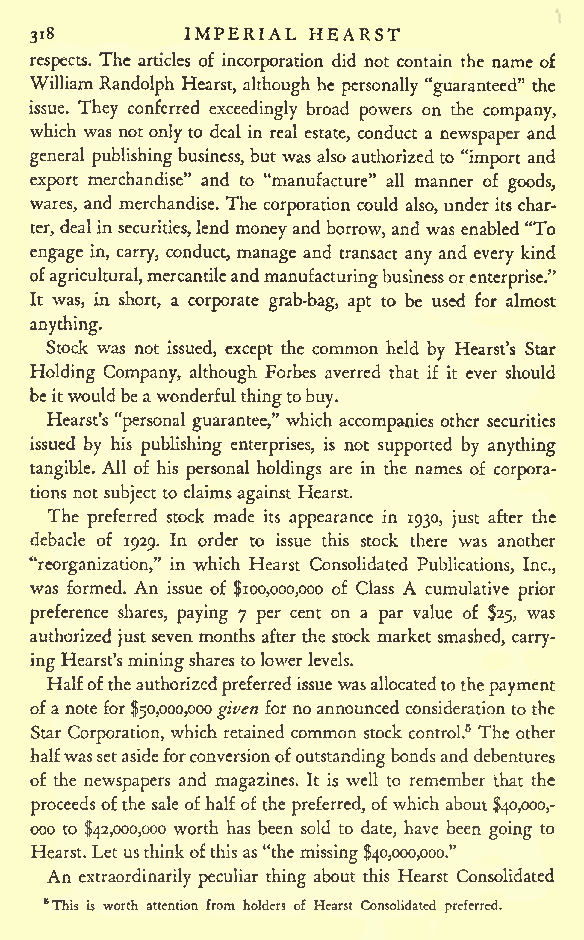
IMPERIAL HEARST          \
 318
 respects. The articles of incorporation did not contain the name of
 William Randolph Hearst, although he personally "guaranteed" the
 issue. They conferred exceedingly broad powers on the company,
 which was notonly to deal in real estate, conduct a newspaper and
 general publishing business, but was also authorizedto "import and
 export merchandise" and to "manufacture" all manner of goods,
 wares, and merchandise. The corporation could also, under its char-
 ter, dealin securities,lend moneyand borrow, and was enabled "To
 engage in, carry, conduct, manage and transact any and every kind
 ofagricultural,mercantileand manufacturingbusinessor
 enterprise."
 It was, in short, a corporate grab-bag, apt to be used for almost
 anything.
 Stock was not issued, except the common held by Hearst's Star
 Holding Company, although Forbes averred that if it ever should
 beitwouldbeawonderful thingtobuy.
 Hearst's "personal guarantee," which accompanies other securities
 issued by his publishing enterprises, is not supported by anything
 tangible. All of his personal holdings are in the names of corpora-
 tions not subject to claimsagainst Hearst.
 The preferred stock made its appearance in 1930, just after the
 debacle of 1929. In order to issue this stock there was another
 "reorganization," in which Hearst Consolidated Publications, Inc.,
 was formed. An issue of $100,000,000 of Class A cumulative prior
 preference shares, paying 7 per cent on a par value of $25, was
 authorized just sevenmonths after the stock market smashed, carry-
 ing Hearst'sminingshares tolowerlevels.
 Halfoftheauthorizedpreferredissuewasallocatedtothepayment
 ofa notefor$50,000,000given for noannounced consideration tothe
 Star Corporation, which retained common stock control.5 The other
 halfwassetasideforconversionofoutstandingbondsanddebentures
 of the newspapers and magazines. It is well to remember that the
 proceedsofthe sale ofhalfofthe preferred, of which about $40,000,-
 ooo to $42,000,000 worth has been sold to date, have been going to
 Hearst.Letusthinkofthisas "the missing$40,000,000."
 An extraordinarily peculiar thing about this Hearst Consolidated
 "This is worth attention from holders of Hearst Consolidated preferred.